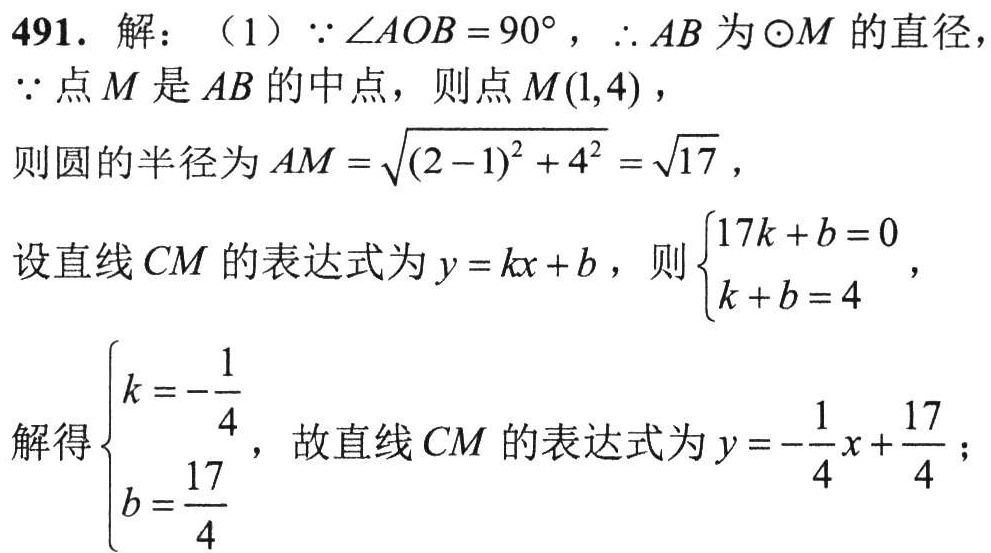
491. 解：（1）\(\because \angle AOB = 90^{\circ}\)，\(\therefore AB\)为\(\odot M\)的直径，
\(\because\)点\(M\)是\(AB\)的中点，则点\(M(1,4)\)，
则圆的半径为\(AM = \sqrt{(2 - 1)^{2} + 4^{2}} = \sqrt{17}\)，
设直线\(CM\)的表达式为\(y = kx + b\)，则\(\begin{cases}17k + b = 0 \\ k + b = 4 \end{cases}\)，
解得\(\begin{cases}k = -\dfrac{1}{4} \\ b = \dfrac{17}{4} \end{cases}\)，故直线\(CM\)的表达式为\(y = -\dfrac{1}{4}x + \dfrac{17}{4}\)；